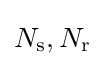
N_{\text{s}},N_{\text{r}}